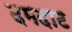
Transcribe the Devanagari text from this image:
दमदाट